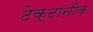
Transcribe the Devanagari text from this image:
टेक्टानीक